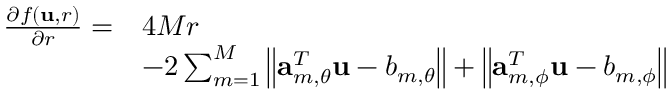
\begin{array} { r l } { \frac { \partial f \left( \mathbf { u } , r \right) } { \partial r } = } & { 4 M r } \\ & { - 2 \sum _ { m = 1 } ^ { M } \left\| \mathbf { a } _ { m , \theta } ^ { T } \mathbf { \mathbf { u } } - b _ { m , \theta } \right\| + \left\| \mathbf { a } _ { m , \phi } ^ { T } \mathbf { \mathbf { u } } - b _ { m , \phi } \right\| } \end{array}